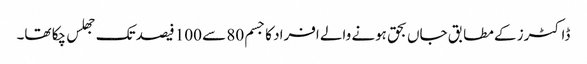
ڈاکٹرز کے مطابق جاں بحق ہونے والے افراد کا جسم 80 سے 100 فیصد تک جھلس چکا تھا۔